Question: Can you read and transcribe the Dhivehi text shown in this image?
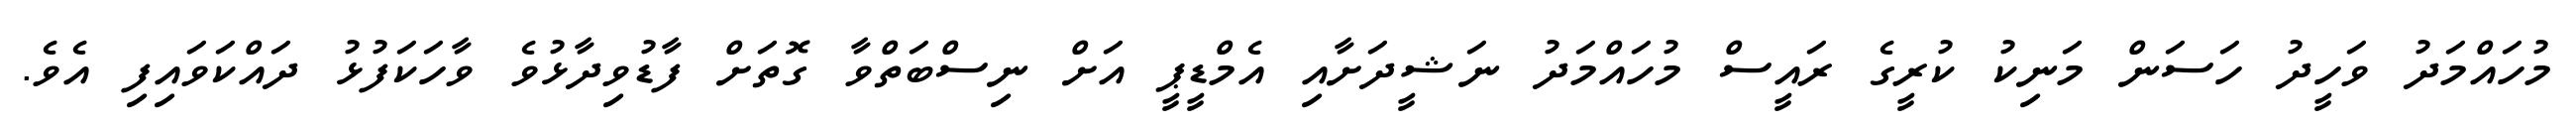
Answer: މުހައްމަދު ވަހީދު ހަސަން މަނިކު ކުރީގެ ރައީސް މުހައްމަދު ނަޝީދަށާއި އެމްޑީޕީ އަށް ނިސްބަތްވާ ގޮތަށް ފާޑުވިދާޅުވެ ވާހަކަފުޅު ދައްކަވައިފި އެވެ.